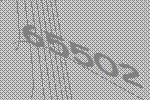
65502